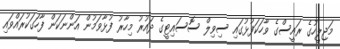
މަޖިލީހުގެ ރައީސްގެ ވާހަކަފުޅުގައި ސިވިލް ސޮސައިޓީގެ ދައުރު މިހާރު ފުޅާވަމުން އަންނަކަން ފާހަގަކުރައްވައި